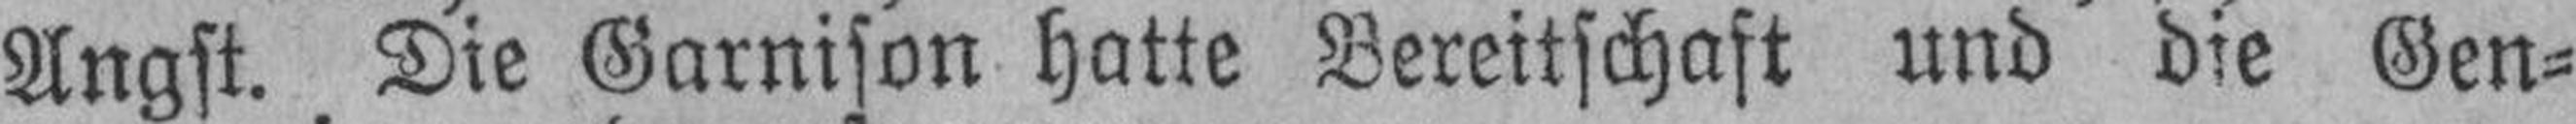
Angst. Die Garnison hatte Bereitschaft und die Gen¬